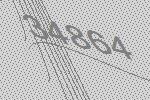
34864